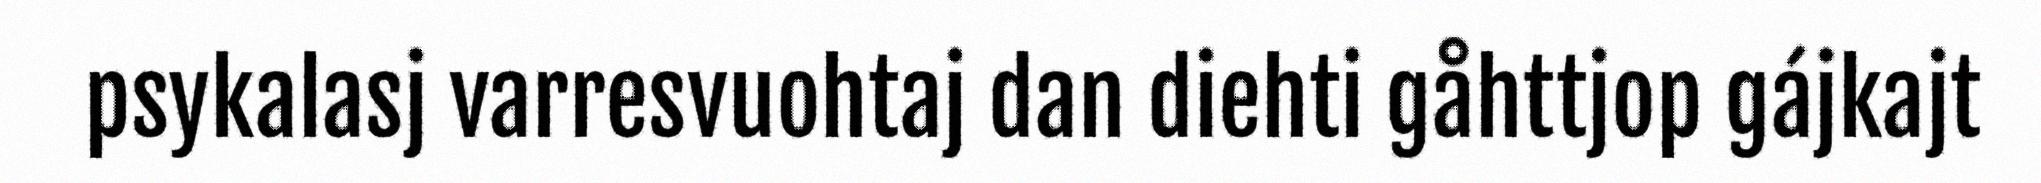
psykalasj varresvuohtaj dan diehti gåhttjop gájkajt